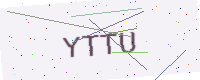
Text: YTTU